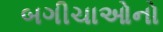
બગીચાઓનો